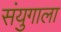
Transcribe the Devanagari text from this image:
संयुगाला